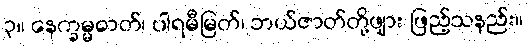
၃။ နေက္ခမ္မဓာတ်၊ ပါရမီမြတ်၊ ဘယ်ဇာတ်တို့ဖျား ဖြည့်သနည်း။